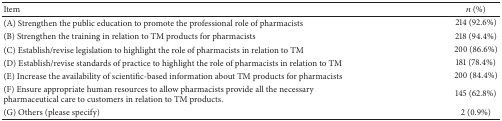
<table><thead><tr><td><b>Item</b></td><td><b><i>n</i> (%)</b></td></tr></thead><tbody><tr><td>(A) Strengthen the public education to promote the professional role of pharmacists</td><td>214 (92.6%)</td></tr><tr><td>(B) Strengthen the training in relation to TM products for pharmacists</td><td>218 (94.4%)</td></tr><tr><td>(C) Establish/revise legislation to highlight the role of pharmacists in relation to TM</td><td>200 (86.6%)</td></tr><tr><td>(D) Establish/revise standards of practice to highlight the role of pharmacists in relation to TM</td><td>181 (78.4%)</td></tr><tr><td>(E) Increase the availability of scientific-based information about TM products for pharmacists</td><td>200 (84.4%)</td></tr><tr><td>(F) Ensure appropriate human resources to allow pharmacists provide all the necessary pharmaceutical care to customers in relation to TM products.</td><td>145 (62.8%)</td></tr><tr><td>(G) Others (please specify)</td><td>2 (0.9%)</td></tr></tbody></table>